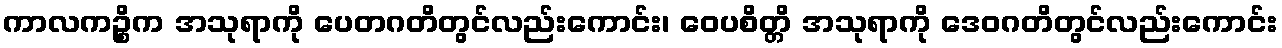
ကာလကဉ္စိက အသုရာကို ပေတဂတိတွင်လည်းကောင်း၊ ဝေပစိတ္တိ အသုရာကို ဒေဝဂတိတွင်လည်းကောင်း